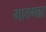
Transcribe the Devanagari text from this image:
गावगन्ना